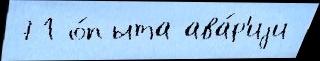
71 о́пыта ава́р'иjи